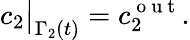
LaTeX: c_{2}\big|_{\Gamma_{2}(t)}=c_{2}^{\mathrm{~o~u~t~}}.